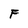
Character: F